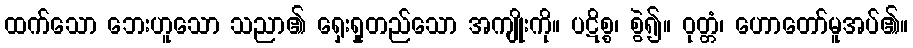
ထက်သော ဘေးဟူသော သညာ၏ ရှေးရှုတည်သော အကျိုးကို။ ပဋိစ္စ၊ စွဲ၍။ ဝုတ္တံ၊ ဟောတော်မူအပ်၏။